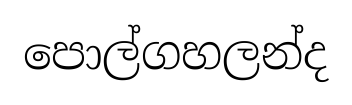
පොල්ගහලන්ද